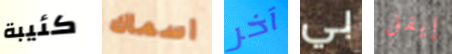
كئيبة اسماك آخر بي إيفل